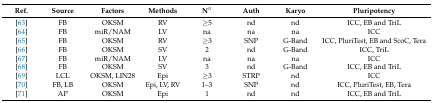
| Ref. | Source | Factors | Methods | N° | Auth | Karyo | Pluripotency |
 | --- | --- | --- | --- | --- | --- | --- | --- |
 | [63] | FB | OKSM | RV | ≥5 | nd | nd | ICC, EB and TriL |
 | [64] | FB | miR/NAM | LV | na | na | na | ICC |
 | [65] | FB | OKSM | RV | ≥3 | SNP | G-Band | ICC, PluriTest, EB and ScoC, Tera |
 | [66] | FB | OKSM | SV | 2 | nd | G-Band | ICC, TriL |
 | [67] | FB | miR/NAM | LV | na | na | na | ICC |
 | [68] | FB | OKSM | SV | 3 | nd | G-Band | ICC, EB and TriL |
 | [69] | LCL | OKSM, LIN28 | Epi | ≥3 | STRP | nd | ICC |
 | [70] | FB, LB | OKSM | Epi, LV, RV | 1–3 | SNP | nd | ICC, PluriTest, EB, Tera |
 | [71] | AP | OKSM | Epi | 1 | nd | nd | ICC, EB and TriL |